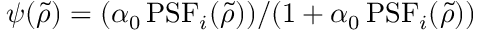
\psi ( \tilde { \rho } ) = ( \alpha _ { 0 } \, \mathrm { P S F } _ { i } ( \tilde { \rho } ) ) / ( 1 + \alpha _ { 0 } \, \mathrm { P S F } _ { i } ( \tilde { \rho } ) )